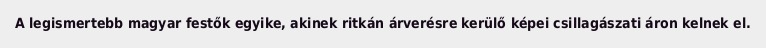
A legismertebb magyar festők egyike, akinek ritkán árverésre kerülő képei csillagászati áron kelnek el.